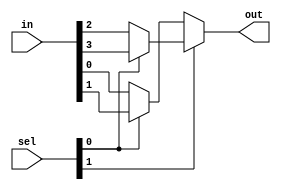
`timescale 1ns / 1ps
//////////////////////////////////////////////////////////////////////////////////
// Company: 
// Engineer: 
// 
// Design Name: 
// Module Name:    MUX41_D 
// Project Name: 
// Target Devices: 
// Tool versions: 
// Description: 
//
// Dependencies: 
//
// Revision: 
// Revision 0.01 - File Created
// Additional Comments: 
//
//////////////////////////////////////////////////////////////////////////////////
module MUX41_D(in,sel,out);
input [3:0]in;
input [1:0]sel;
output out;
assign out= sel[1] ? (sel[0]? in[3]: in[2]) : (sel[0] ? in[1]: in[0]);
endmodule